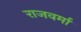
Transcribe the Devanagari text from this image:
राजवर्मा